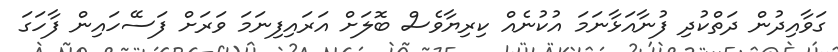
ގަވާއިދުން ދަތްކުދި ފުނާއަޅާނަމަ އުކުނެއް ކިރިޔާވެސް ބޮލަށް އަރައިފިނަމަ ވަރަށް ފަސޭހައިން ފާހަގަ